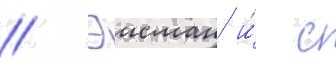
// Эисман и́ с